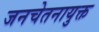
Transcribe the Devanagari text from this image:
जनचेतनायुक्त